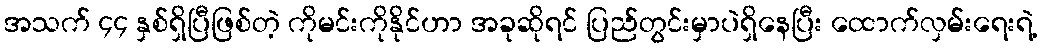
အသက် ၄၄ နှစ်ရှိပြီဖြစ်တဲ့ ကိုမင်းကိုနိုင်ဟာ အခုဆိုရင် ပြည်တွင်းမှာပဲရှိနေပြီး ထောက်လှမ်းရေးရဲ့